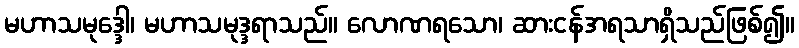
မဟာသမုဒ္ဒေါ၊ မဟာသမုဒ္ဒရာသည်။ လောဏရသော၊ ဆားငန်အရသာရှိသည်ဖြစ်၍။